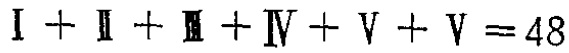
\( \mathrm{I}+\mathrm{II}+\mathrm{III}+\mathrm{IV}+\mathrm{V}+\mathrm{V}=48 \)